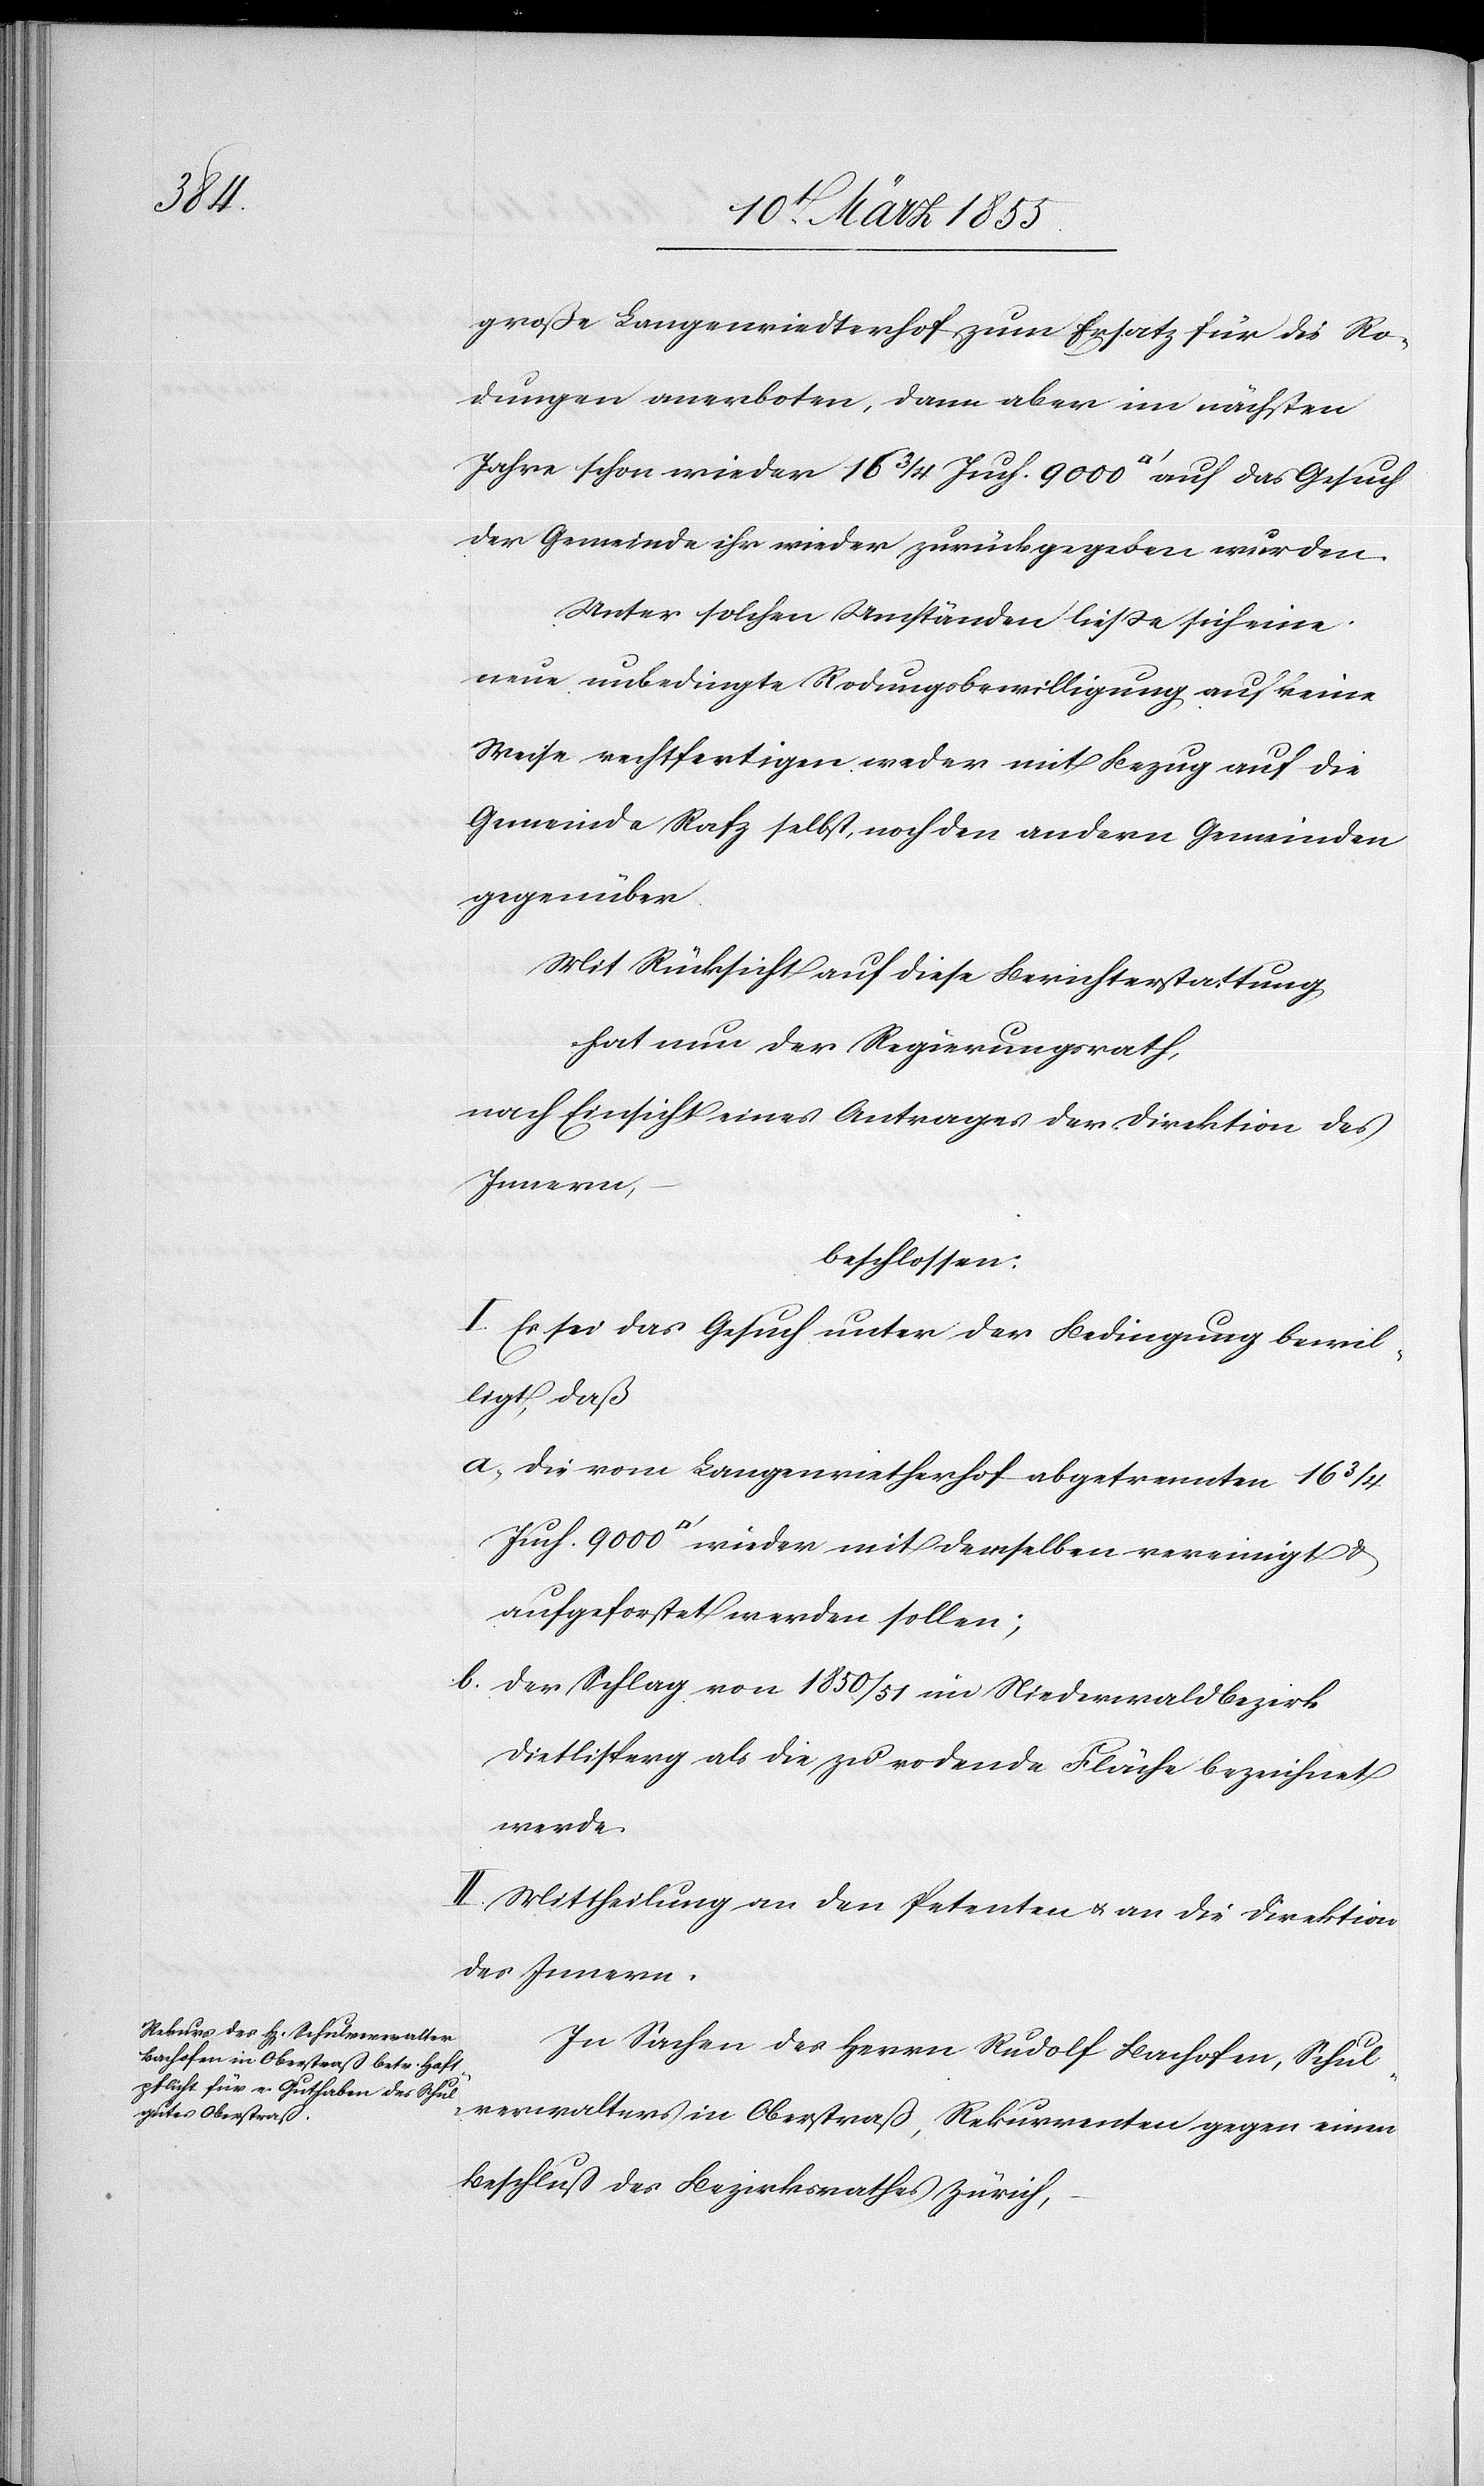
mit

große Langenriedterhof zum Ersatz für die Ro¬
dungen anerboten, dann aber im nächsten
Jahre schon wieder 16 3/4 Juch. 9000 [Quadratfuß] auf das Gesuch
der Gemeinde ihr wieder zurückgegeben wurden.
Unter solchen Umständen liesse sich eine
neue unbedingte Rodungsbewilligung auf keine
Weise rechtfertigen weder mit Bezug auf die
Gemeinde Rafz selbst, noch den andern Gemeinden
gegenüber.
Mit Rücksicht auf diese Berichterstattung
hat nun der Regierungsrath,
nach Einsicht eines Antrages der Direktion des
Innern,
beschlossen:
I. Es sei das Gesuch unter der Bedingung bewil¬
ligt, daß
die vom Langenrietherhof abgetrennten 16
aufgeforstet werden sollen;
der Schlag von 1850/51 im Niederwaldbezirk
Dietlisperg als die zu rodende Fläche bezeichnet
werde.
II. Mittheilung an den Petenten & an die Direktion
des Innern.
In Sachen des Herrn Rudolf Bachofen, Schul¬
verwalters in Oberstraß, Rekurrenten gegen einen
Beschluß des Bezirksrathes Zürich,